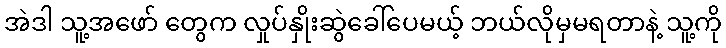
အဲဒါ သူ့အဖော် တွေက လှုပ်နှိုးဆွဲခေါ်ပေမယ့် ဘယ်လိုမှမရတာနဲ့ သူ့ကို